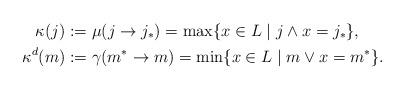
LaTeX: \begin{align*} \kappa(j) &:= \mu(j \to j_*) = \max \{ x \in L \mid j \wedge x = j_* \}, \\ \kappa^d(m) &:= \gamma(m^* \to m) = \min \{ x \in L \mid m \vee x = m^* \}. \end{align*}